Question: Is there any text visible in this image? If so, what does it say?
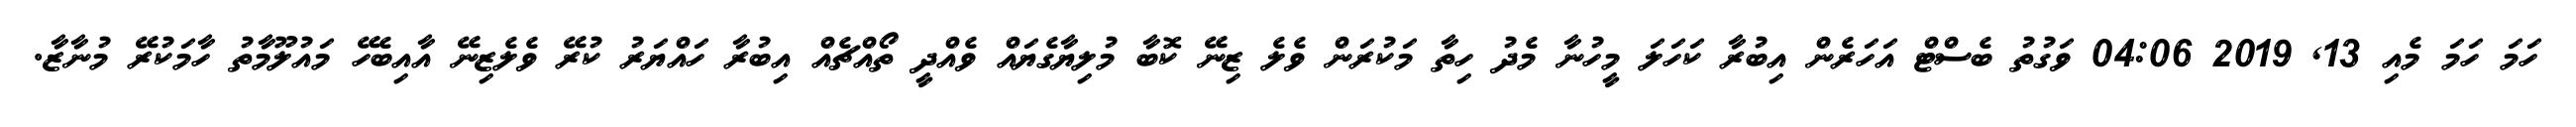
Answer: ހަމަ ހަމަ މެއި 13, 2019 04:06 ވަގުތު ބެސްޓް އަހަރެން އިބުރާ ކަހަލަ މީހުނާ މެދު ހިތާ މަކުރަން ވެލެ ޒިނޭ ކޮބާ މުލިޔާގެޔައް ވެއްދީ ތޯއްޗެއް އިބުރާ ހައްޔަރު ކުރޭ ވެލެޒިނޭ އާއިބެހޭ މައުލޫމާތު ހާމަކުރޭ މުނާޒާ.